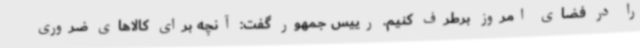
را در فضای امروز برطرف کنیم. رییس جمهور گفت: آنچه برای کالاهای ضروری